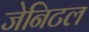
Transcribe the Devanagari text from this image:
जेनिटल